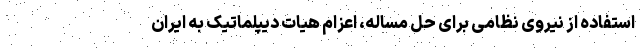
استفاده از نیروی نظامی برای حل مساله، اعزام هیات دیپلماتیک به ایران